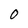
Character: O